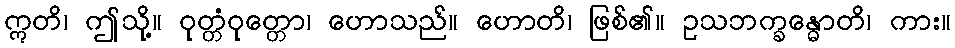
ဣတိ၊ ဤသို့။ ဝုတ္တံဝုတ္တော၊ ဟောသည်။ ဟောတိ၊ ဖြစ်၏။ ဥသဘက္ခန္ဓောတိ၊ ကား။